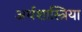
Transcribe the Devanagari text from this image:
अर्थशास्त्रिया